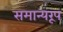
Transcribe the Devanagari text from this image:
समान्यरूप